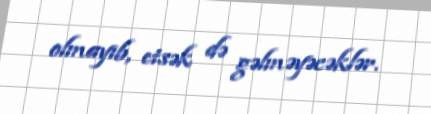
olmayıb, etsək də gəlməyəcəklər.